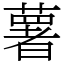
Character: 薯